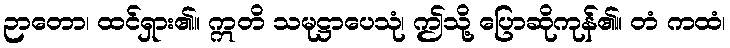
ဉာတော၊ ထင်ရှား၏။ ဣတိ သမုဋ္ဌာပေသုံ၊ ဤသို့ ပြောဆိုကုန်၏။ တံ ကထံ၊